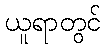
ယူရာတွင်